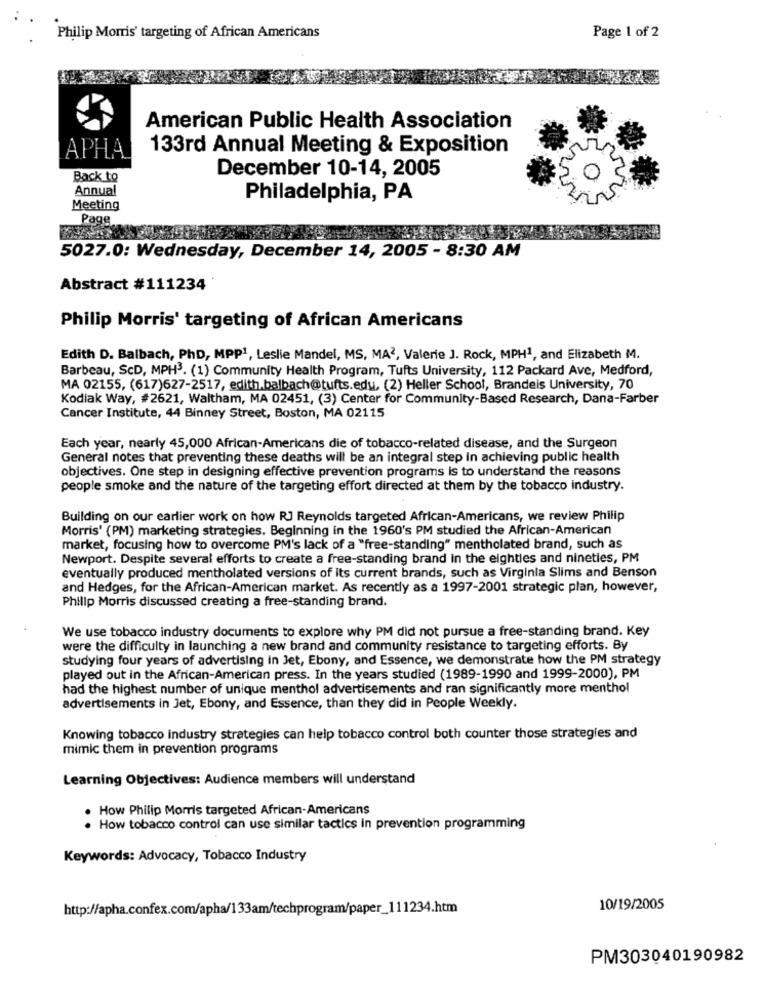
Page 1 of 2
Philip Morris' targeting of African Americans
American Public Health Association
133rd Annual Meeting & Exposition
APHA
Back to
December 10-14, 2005
Annual
Philadelphia, PA
Meeting
Page
5027.0: Wednesday, December 14, 2005 - 8:30 AM
Abstract #111234
Philip Morris' targeting of African Americans
Edith D. Balbach, PhD, MPP1, Leslie Mandel, MS, MA2, Valerie J. Rock, MPH1, and Elizabeth M.
Barbeau, ScD, MPH3. (1) Community Health Program, Tufts University, 112 Packard Ave, Medford,
MA 02155, (617)627-2517, edith.balbach@tufts.edu, (2) Heller School, Brandeis University, 70
Kodiak Way, #2621, Waltham, MA 02451, (3) Center for Community-Based Research, Dana-Farber
Cancer Institute, 44 Binney Street, Boston, MA 02115
Each year, nearly 45,000 African-Americans die of tobacco-related disease, and the Surgeon
General notes that preventing these deaths will be an integral step in achieving public health
objectives. One step in designing effective prevention programs is to understand the reasons
people smoke and the nature of the targeting effort directed at them by the tobacco industry.
Building on our earlier work on how RJ Reynolds targeted African-Americans, we review Philip
Morris' (PM) marketing strategies. Beginning in the 1960's PM studied the African-American
market, focusing how to overcome PM's lack of a "free-standing" mentholated brand, such as
Newport. Despite several efforts to create a free-standing brand in the eighties and nineties, PM
eventually produced mentholated versions of its current brands, such as Virginia Slims and Benson
and Hedges, for the African-American market. As recently as a 1997-2001 strategic plan, however,
Philip Morris discussed creating a free-standing brand.
We use tobacco industry documents to explore why PM did not pursue a free-standing brand. Key
were the difficulty in launching a new brand and community resistance to targeting efforts. By
studying four years of advertising in Jet, Ebony, and Essence, we demonstrate how the PM strategy
played out in the African-American press. In the years studied (1989-1990 and 1999-2000), PM
had the highest number of unique menthol advertisements and ran significantly more menthol
advertisements in Jet, Ebony, and Essence, than they did in People Weekly.
Knowing tobacco industry strategies can help tobacco control both counter those strategies and
mimic them in prevention programs
Learning Objectives: Audience members will understand
How Philip Morris targeted African-Americans
. How tobacco control can use similar tactics in prevention programming
Keywords: Advocacy, Tobacco Industry
http://apha.confex.com/apha/133am/techprogram/paper_111234.htm
10/19/2005
PM303040190982